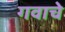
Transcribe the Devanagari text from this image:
गवाचे